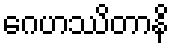
ဂေဟဿိတာနိ